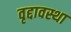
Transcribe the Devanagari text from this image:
वृद्दावस्था